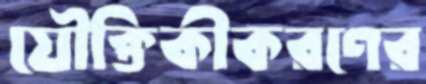
যৌক্তিকীকরণের